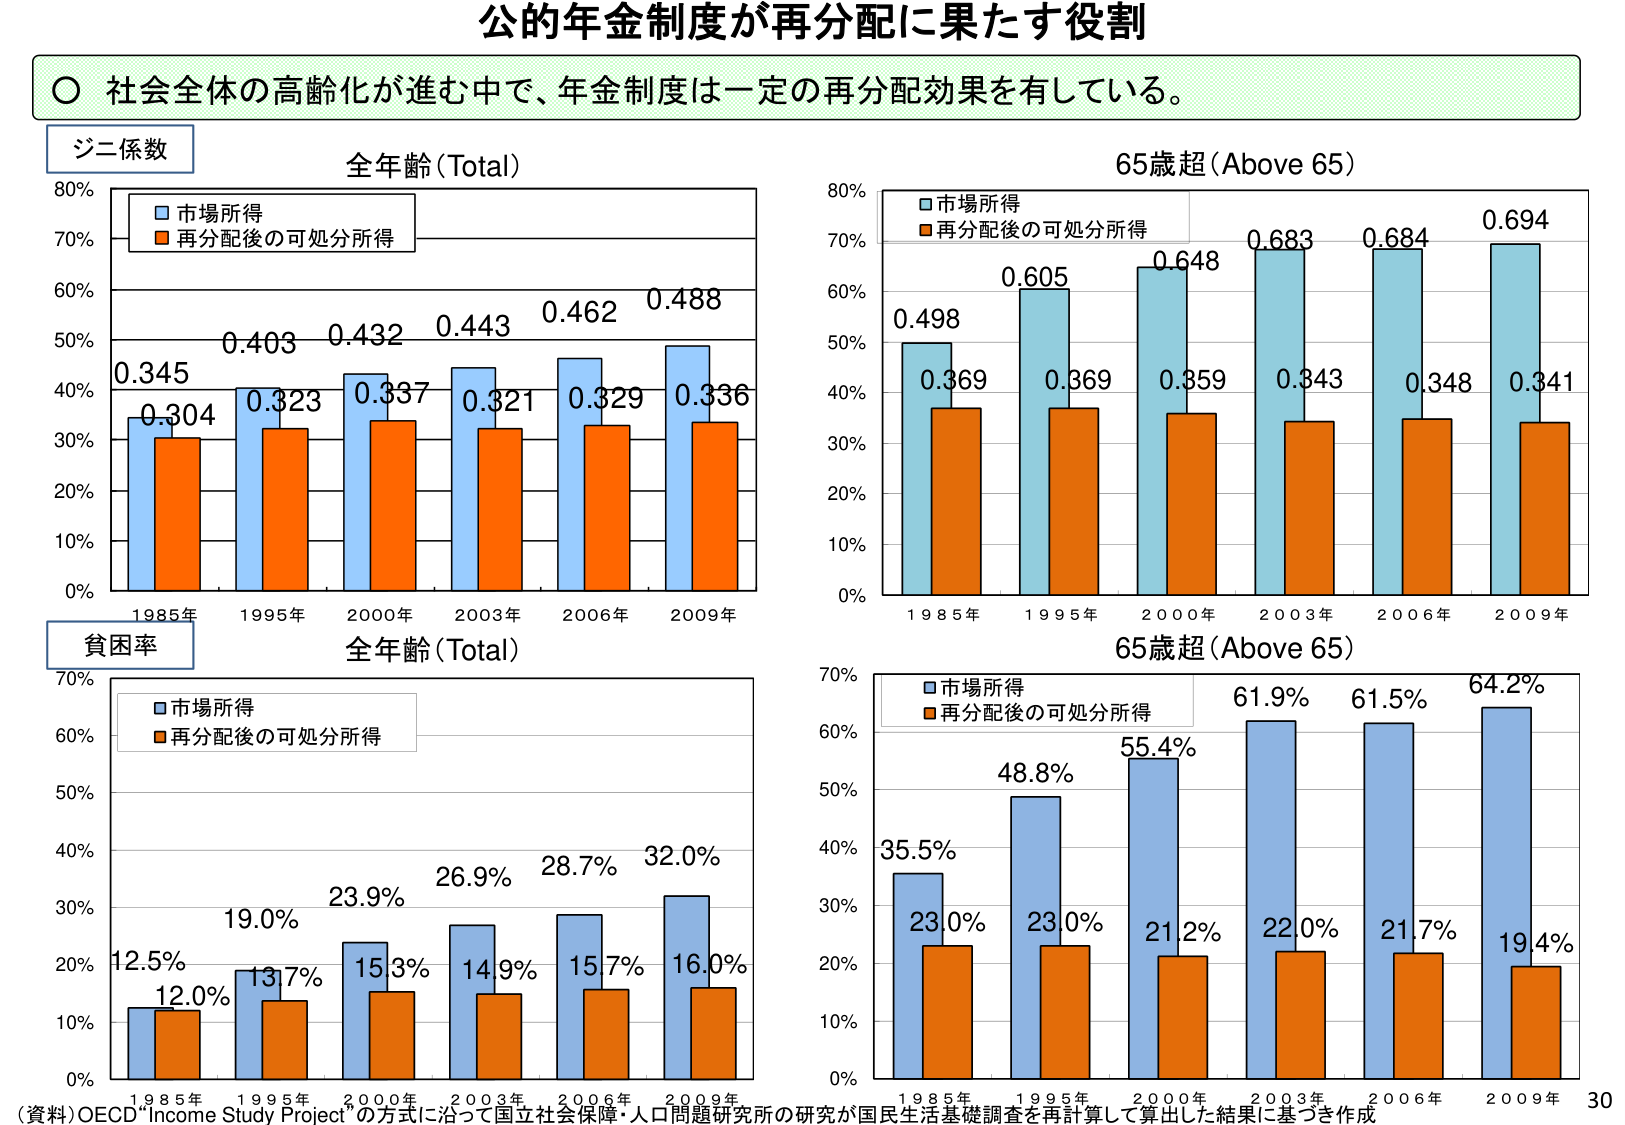
公的年金制度が再分配に果たす役割

○ 社会全体の高齢化が進む中で、年金制度は一定の再分配効果を有している。

ジニ係数
全年齢（Total）
市場所得
再分配後の可処分所得
0.345
0.304
0.403
0.323
0.432
0.337
0.443
0.321
0.462
0.329
0.488
0.336
1985年
1995年
2000年
2003年
2006年
2009年

65歳超（Above 65）
市場所得
再分配後の可処分所得
0.498
0.369
0.605
0.369
0.648
0.359
0.683
0.343
0.684
0.348
0.694
0.341
1985年
1995年
2000年
2003年
2006年
2009年

貧困率
全年齢（Total）
市場所得
再分配後の可処分所得
12.5%
12.0%
19.0%
13.7%
23.9%
15.3%
26.9%
14.9%
28.7%
15.7%
32.0%
16.0%
1985年
1995年
2000年
2003年
2006年
2009年

65歳超（Above 65）
市場所得
再分配後の可処分所得
35.5%
23.0%
48.8%
23.0%
55.4%
21.2%
61.9%
22.0%
61.5%
21.7%
64.2%
19.4%
1985年
1995年
2000年
2003年
2006年
2009年

（資料）OECD“Income Study Project” の方式に沿って国立社会保障・人口問題研究所の研究が国民生活基礎調査を再計算して算出した結果に基づき作成
30